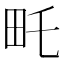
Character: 𤰦